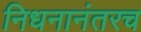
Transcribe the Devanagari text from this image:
निधनानंतरच